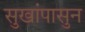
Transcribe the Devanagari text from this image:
सुखांपासुन